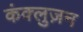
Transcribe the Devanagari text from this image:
कंक्लुज़न